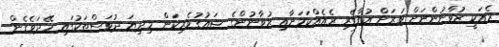
ރެއަކީ ޒުވާނުންނަށް ވަރަށް އުފާވެރި ރެއެެއްކަމަށާއި ޒުވާނުންގެ ޝައުގުވެރިކަން މިދިޔަ ދުވަސްތަކުގައި ހޭދަވެގެން